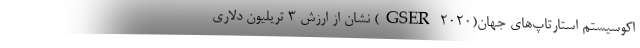
اکوسیستم استارتاپ‌های جهان(GSER ۲۰۲۰) نشان از ارزش ۳ تریلیون دلاری